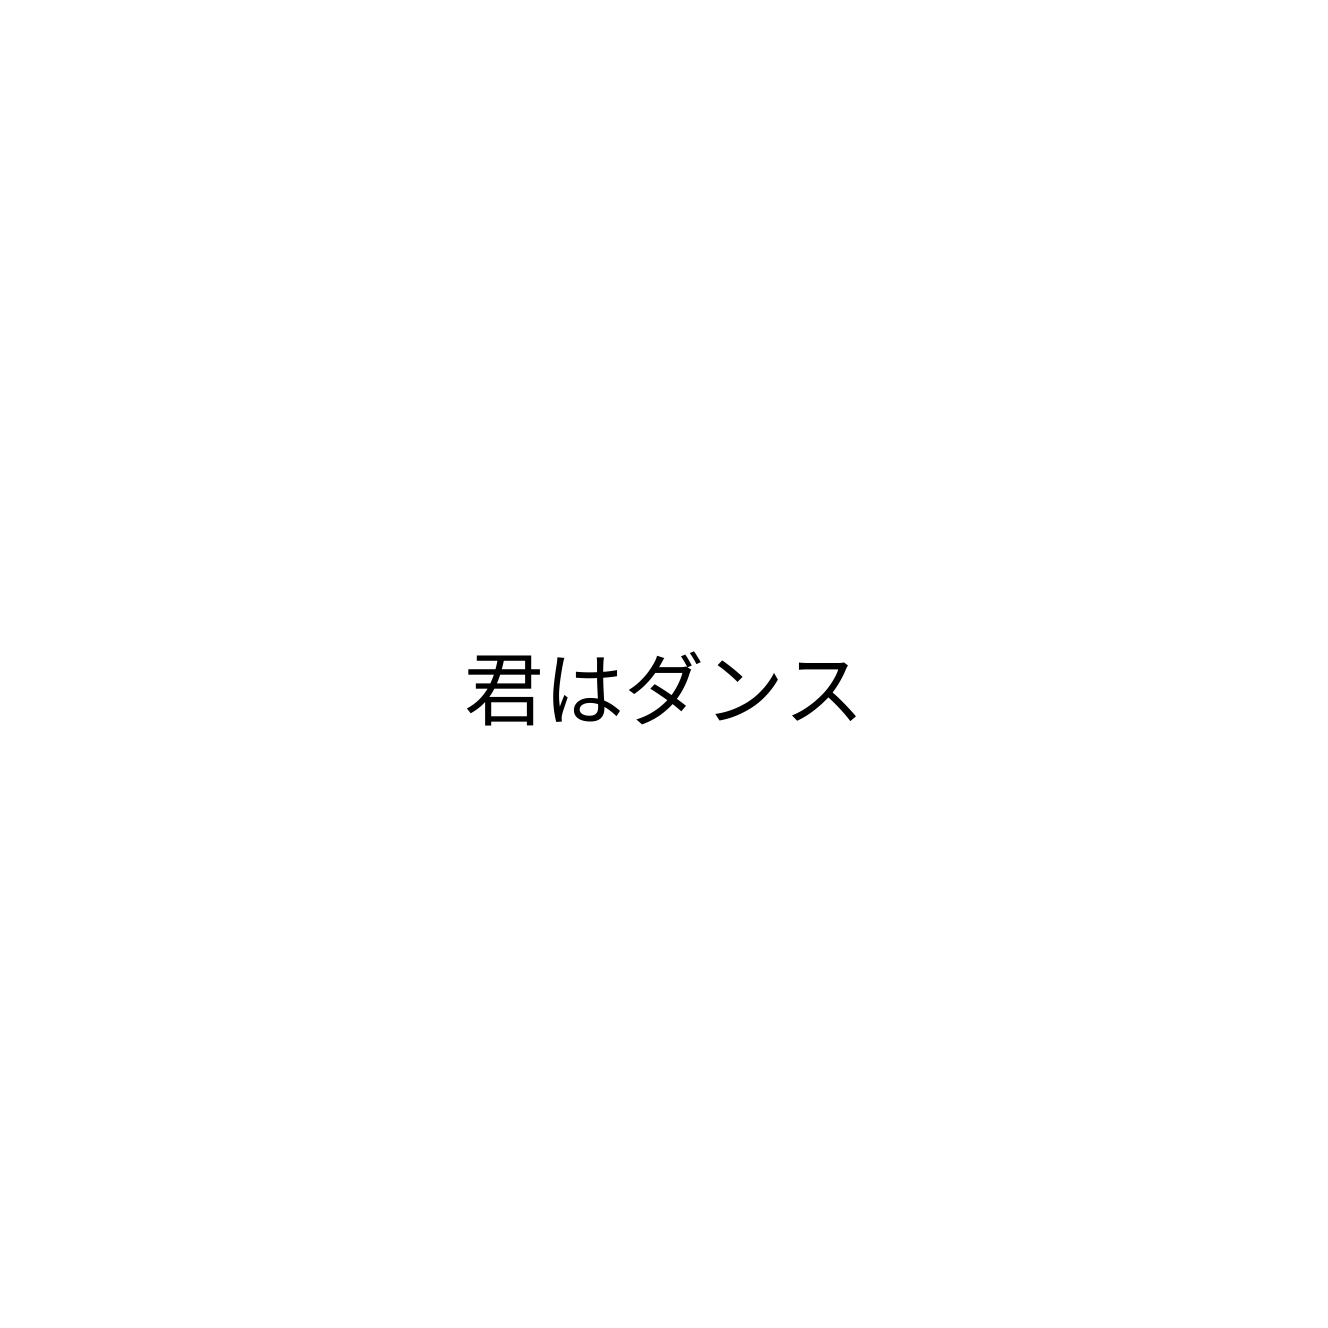
君はダンス